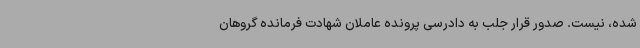
شده، نیست. صدور قرار جلب به دادرسی پرونده عاملان شهادت فرمانده گروهان